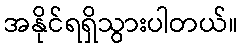
အနိုင်ရရှိသွားပါတယ်။